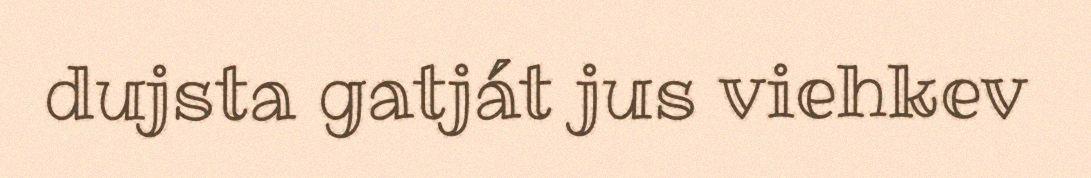
dujsta gatját jus viehkev